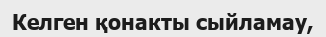
Келген қонакты сыйламау,